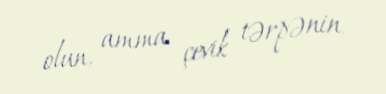
olun, amma çevik tərpənin.